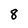
Character: 8